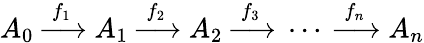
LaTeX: A_{0}\; {\xrightarrow{\ f_{1}\ }}\; A_{1}\; {\xrightarrow{\ f_{2}\ }}\; A_{2}\; {\xrightarrow{\ f_{3}\ }}\; \cdots\; {\xrightarrow{\ f_{n}\ }}\; A_{n}